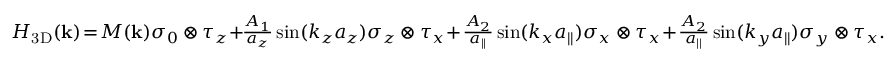
\begin{array} { r } { { \cal H } _ { \mathrm { 3 D } } ( { \bf k } ) \! = \! M ( { \bf k } ) \sigma _ { 0 } \otimes \tau _ { z } \! + \! \! \frac { A _ { 1 } } { a _ { z } } \sin ( k _ { z } a _ { z } ) \sigma _ { z } \otimes \tau _ { x } \! + \! \frac { A _ { 2 } } { a _ { | | } } \sin ( k _ { x } a _ { | | } ) \sigma _ { x } \otimes \tau _ { x } \! + \! \frac { A _ { 2 } } { a _ { | | } } \sin ( k _ { y } a _ { | | } ) \sigma _ { y } \otimes \tau _ { x } . } \end{array}